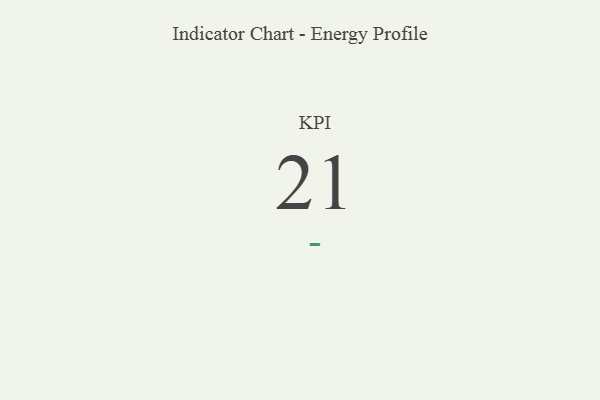
{"axis": {"x": "KPI", "y": "Value"}, "legend": [""], "data": [{"x": "KPI", "y": 21, "type": ""}]}